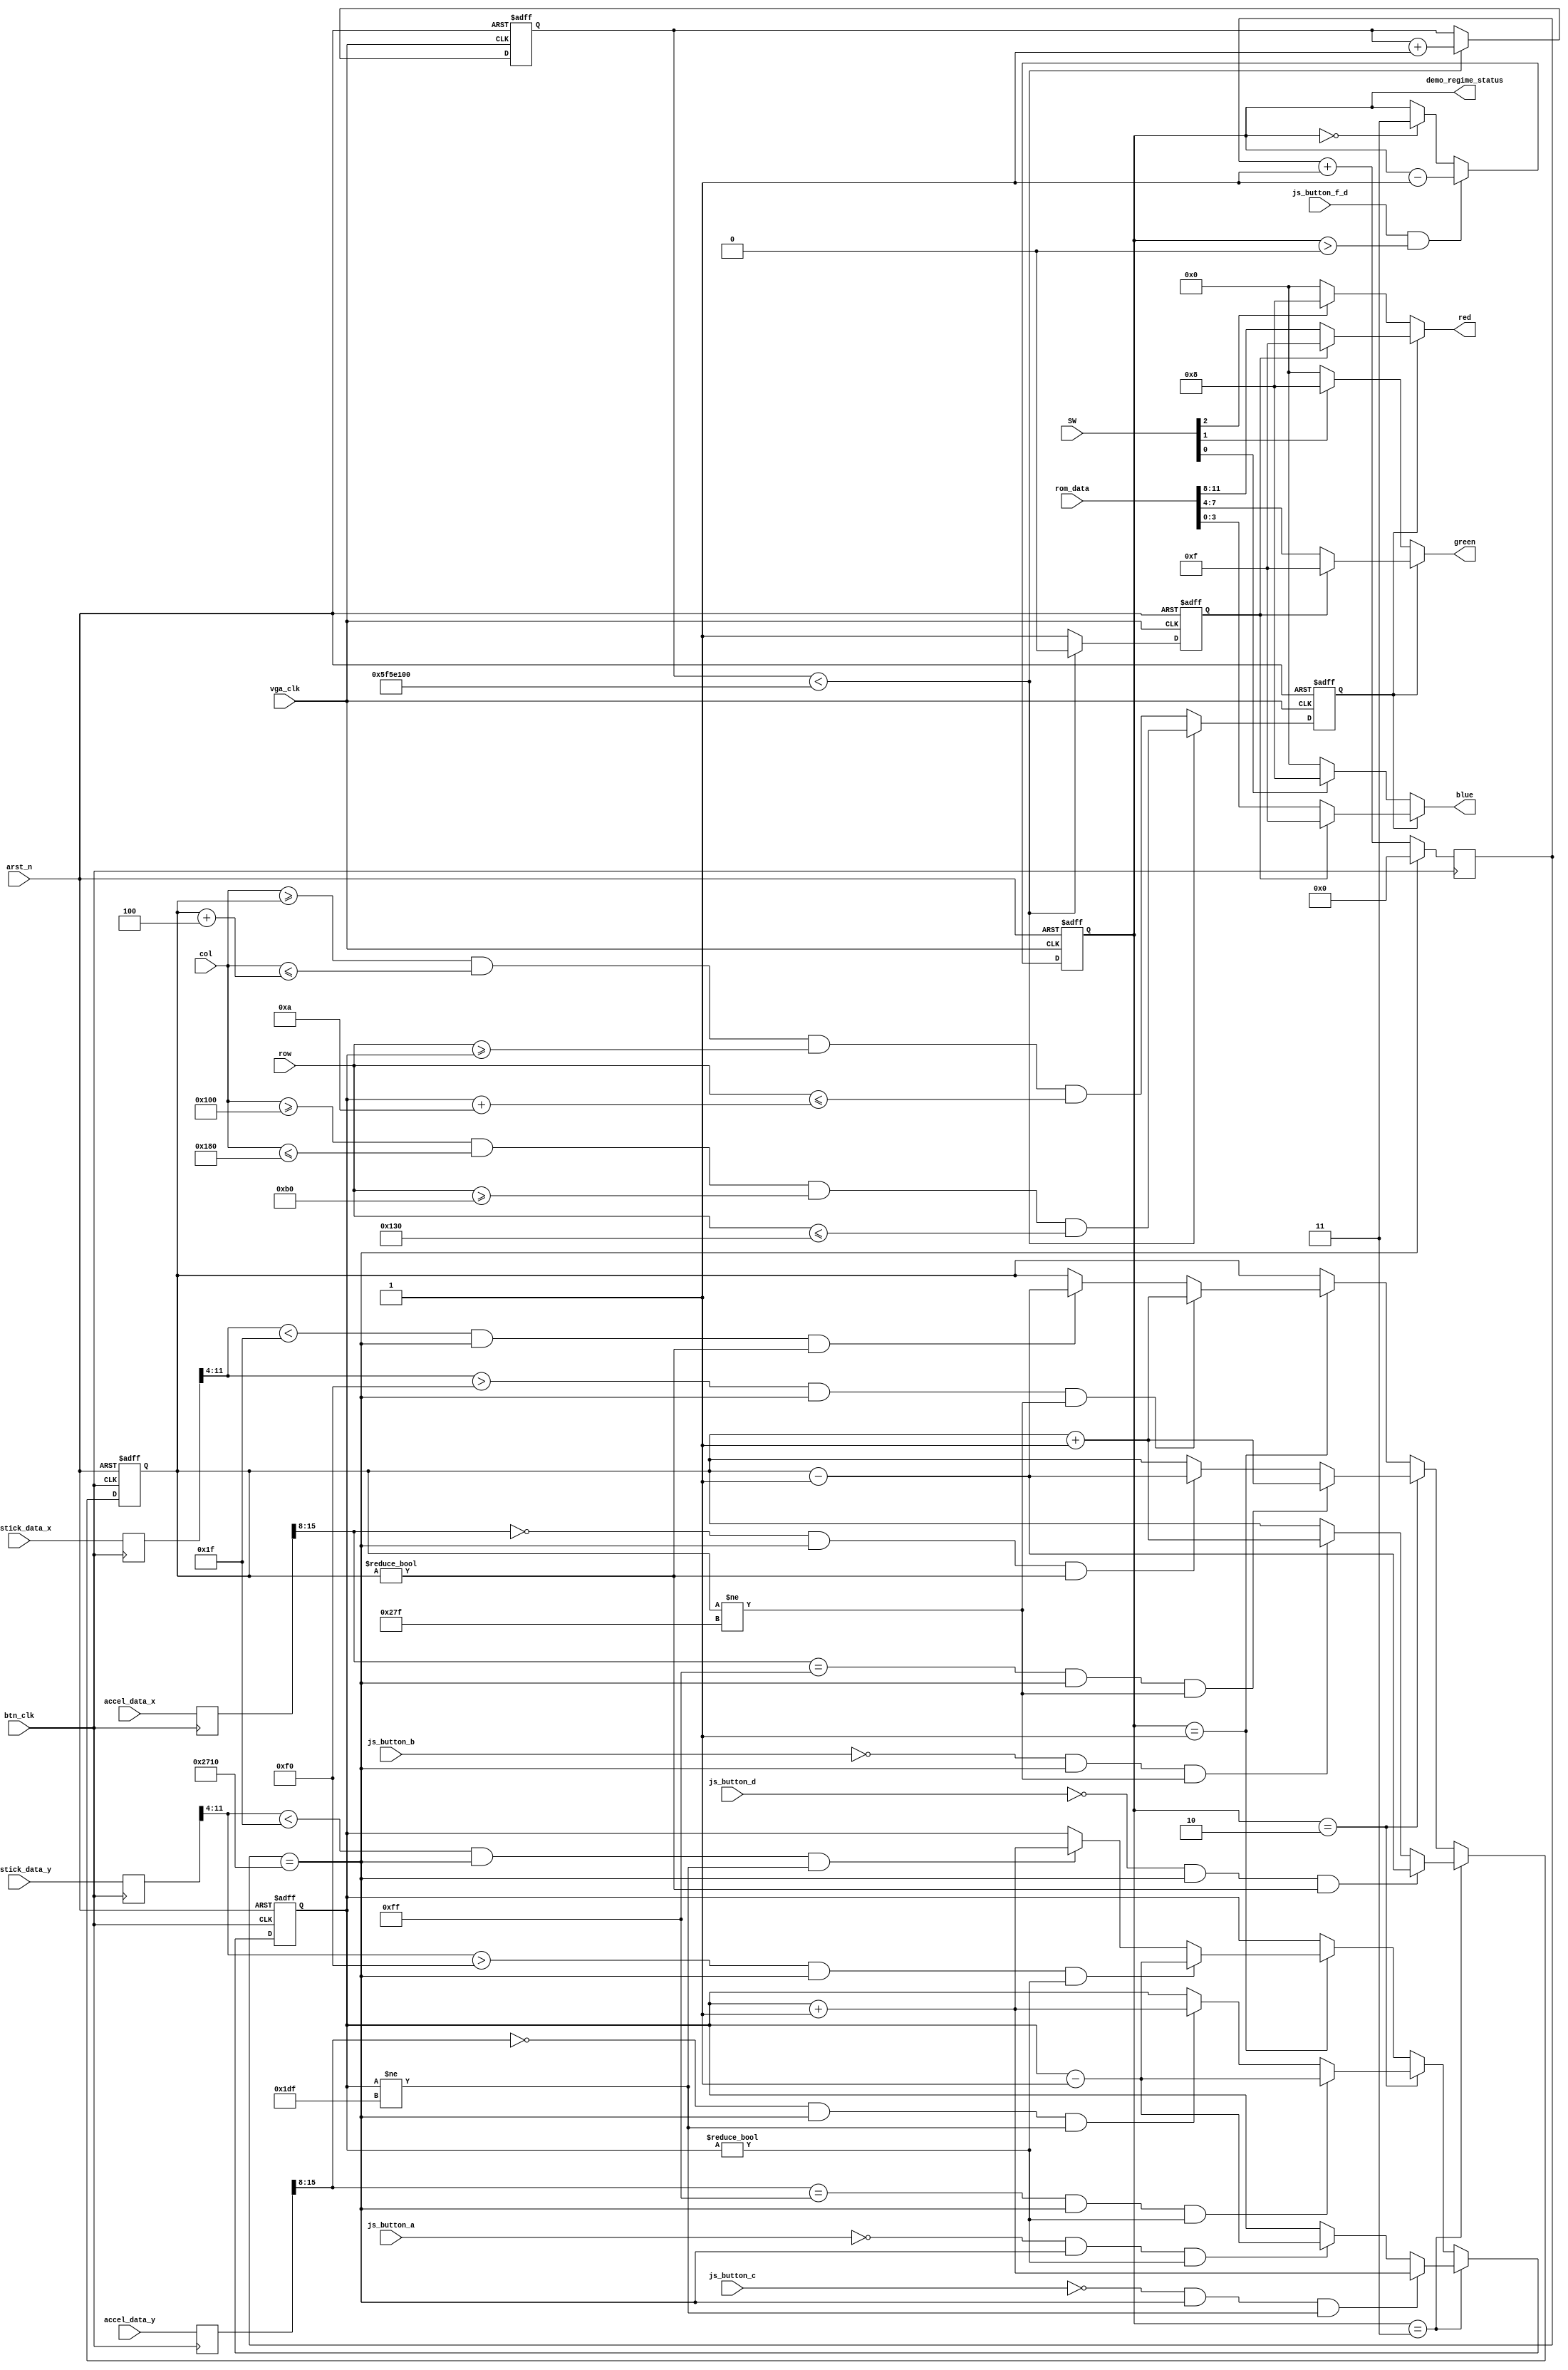
// This program was cloned from: https://github.com/Fe1LDr/Grinch
// License: MIT License

module demo (
  //--------- Clock & Resets                     --------//
    input          btn_clk         ,  // Pixel clock 1MHz     
    input          vga_clk         ,  // VGA clock 25 MHz	 
    input          arst_n          ,  // Active low synchronous reset   
  //--------- JoyStick                           --------//
    input  [11:0]  joystick_data_x ,
    input  [11:0]  joystick_data_y ,
    input          js_button_a     ,
    input          js_button_b     ,
    input          js_button_c     ,
    input          js_button_d     ,
    input          js_button_f_d   ,
  //--------- Accelerometer                      --------//
    input  [15:0]  accel_data_x    ,
    input  [15:0]  accel_data_y    ,
  //--------- Pixcels Coordinates                --------//
    input  [9:0]   col             ,
    input  [8:0]   row             , 
  //--------- Data from memory with logo         --------//
    input  [15:0]  rom_data        ,
  //--------- VGA outputs                        --------//
    output [3:0]   red             ,  // 4-bit color output
    output [3:0]   green           ,  // 4-bit color output
    output [3:0]   blue            ,  // 4-bit color output
  //--------- Switches for background colour     --------//
    input  [2:0]   SW              ,
  //--------- Regime                             --------//
    output [1:0]   demo_regime_status    // Red led on the board which show REGIME
);
  
  //------------------------- Variables                    ----------------------------//
    //----------------------- Regime control               --------------------------// 
      wire         change_regime ;
      reg   [1:0]  regime_store  ;
    //----------------------- Coordinates regs             --------------------------//
      reg   [11:0] x_store_reg;
      reg   [11:0] y_store_reg;
      reg   [15:0] accel_x_store_reg;
      reg   [15:0] accel_y_store_reg;
    //----------------------- Counters                     --------------------------//
      reg   [18:0] accel_counter;
      reg   [20:0] regime_counter;
      wire         regime_overflow;
      wire         accel_overflow;
    //----------------------- Stick movement               --------------------------//
      parameter    stick_width  = 4; 
      parameter    stick_height = 10; 
      reg          stick_active;
      reg          indicator;
      reg  [9:0]   stick_border_hl_c;
      reg  [8:0]   stick_border_hl_r;
    //----------------------- Sber logo timer              --------------------------//
      reg [31:0]   sber_logo_counter; // 32 bit timer


  //------------------------- Coordinates regs             ----------------------------//
    always @ (posedge btn_clk) begin
      x_store_reg       <= joystick_data_x   ;
      y_store_reg       <= joystick_data_y   ;
      accel_x_store_reg <= accel_data_x ;
      accel_y_store_reg <= accel_data_y ;
    end

  //------------------------- Counters                     ----------------------------//
    always @ ( posedge btn_clk ) begin
      if (accel_counter == 19'd10000) 
        accel_counter <= 0; 
      else 
        accel_counter <= accel_counter + 1'b1;
    end
    //
    assign accel_overflow   = ( accel_counter  == 19'd10000   );

  //------------------------- Regime control               ----------------------------//
    always @ (posedge vga_clk or negedge arst_n) begin
    if ( !arst_n ) begin
      regime_store <= 2'b11;
    end
    else if ( change_regime && ( regime_store > 2'b00) ) begin
      regime_store <= regime_store - 1'b1;
    end
    else if (regime_store == 2'b00) 
      regime_store <= 2'b11;
    end
    assign change_regime      = js_button_f_d;
    assign demo_regime_status = regime_store;

  //------------------------- Stick movement in 3 regimes  ----------------------------//
    always @ (posedge btn_clk or negedge arst_n) begin
      if ( !arst_n ) begin
        stick_border_hl_c <= 320; 
        stick_border_hl_r <= 240;
      end 
      else begin
        if      (regime_store == 2'b11) begin  // Buttons regime
          if      ( (!js_button_d) && accel_overflow && (stick_border_hl_c != 0  ) ) begin
            stick_border_hl_c <= stick_border_hl_c - 1; 
          end
          else if ( (!js_button_b) && accel_overflow && (stick_border_hl_c != 639) ) begin
            stick_border_hl_c <= stick_border_hl_c + 1; 
          end
          //
          if      ( (!js_button_c) && accel_overflow && (stick_border_hl_r != 479) ) begin
            stick_border_hl_r <= stick_border_hl_r + 1; 
          end
          else if ( (!js_button_a) && accel_overflow && (stick_border_hl_r != 0  ) ) begin
            stick_border_hl_r <= stick_border_hl_r - 1; 
          end
        end
        else if (regime_store == 2'b10) begin  // Accelerometer regime
          if ( ( accel_x_store_reg[15:8] == 8'b0000_0000 ) && accel_overflow && ( stick_border_hl_c != 0   ) ) begin
            stick_border_hl_c <= stick_border_hl_c - 1; 
          end
          if ( ( accel_x_store_reg[15:8] == 8'b1111_1111 ) && accel_overflow && ( stick_border_hl_c != 639 ) ) begin
            stick_border_hl_c <= stick_border_hl_c + 1; 
          end
          if ( ( accel_y_store_reg[15:8] == 8'b0000_0000 ) && accel_overflow && ( stick_border_hl_r != 479 ) ) begin
            stick_border_hl_r <= stick_border_hl_r + 1; 
          end
          if ( ( accel_y_store_reg[15:8] == 8'b1111_1111 ) && accel_overflow && ( stick_border_hl_r != 0   ) ) begin
            stick_border_hl_r <= stick_border_hl_r - 1; 
          end
        end
        else if (regime_store == 2'b01) begin  // JoyStick regime
          if      ( ( x_store_reg[11:4] > 8'hf0 ) && accel_overflow && ( stick_border_hl_c != 639 ) ) begin
            stick_border_hl_c <= stick_border_hl_c + 1; 
          end
          else if ( ( x_store_reg[11:4] < 8'h1f   ) && accel_overflow && ( stick_border_hl_c != 0   ) ) begin
            stick_border_hl_c <= stick_border_hl_c - 1; 
          end
          else begin
            stick_border_hl_c <= stick_border_hl_c; 
          end
          //
          if      ( ( y_store_reg[11:4] > 8'hf0  ) && accel_overflow && ( stick_border_hl_r != 0   ) ) begin
            stick_border_hl_r <= stick_border_hl_r - 1; 
          end
          else if ( ( y_store_reg[11:4] < 8'h1f  ) && accel_overflow && ( stick_border_hl_r != 479 ) ) begin
            stick_border_hl_r <= stick_border_hl_r + 1; 
          end
          else begin
            stick_border_hl_r <= stick_border_hl_r; 
          end
        end
      end
    end

  //------------------------- Sber logo on start           ----------------------------//
    always @ ( posedge vga_clk or negedge arst_n) begin 
      if      ( !arst_n )  
        sber_logo_counter <= 32'b0;
      else if ( sber_logo_counter < 32'd1_00000000 )
        sber_logo_counter <= sber_logo_counter + 1'b1;
    end 

    always @ (posedge vga_clk or negedge arst_n) begin
      if (!arst_n) begin
        indicator         <= 0;
        stick_active      <= 0;
      end 
      else if (sber_logo_counter < 32'd1_00000000) begin
        stick_active      <= (col >= 10'd256) & (col <= 10'd384) & (row >= 9'd176) & (row <= 9'd304); // Logo size is 128x128 Pixcels
        indicator         <= 0;  
      end 
      else begin
        stick_active      <= (col >= stick_border_hl_c) & (col <= (stick_border_hl_c + stick_width)) & 
                             (row >= stick_border_hl_r) & (row <= (stick_border_hl_r + stick_height));  
        indicator         <= 1;      
      end
    end
   
  //------------------------ VGA outputs                   ----------------------------// 
    assign    red     = stick_active ? ( indicator ? 4'hf : rom_data[11:8]) : (SW[2] ? 4'h8 : 4'h0); 
    assign    green   = stick_active ? ( indicator ? 4'hf : rom_data[7:4] ) : (SW[1] ? 4'h8 : 4'h0);
    assign    blue    = stick_active ? ( indicator ? 4'hf : rom_data[3:0] ) : (SW[0] ? 4'h8 : 4'h0);

endmodule